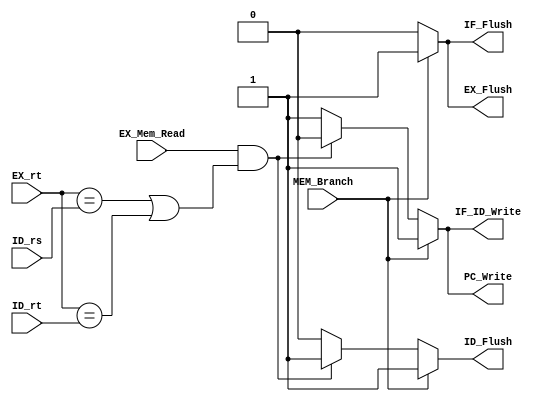
//  0516205  0516228
// CO project 5 - Hazard Detection
//--------------------------------------------------------------------------------
//Version:     1
//--------------------------------------------------------------------------------
//Writer:      
//----------------------------------------------
//Date:        
//----------------------------------------------
//Description: 
//--------------------------------------------------------------------------------

module Hazard_Detection(
	EX_Mem_Read,
	EX_rt,
	ID_rs,
	ID_rt,
	MEM_Branch,
	PC_Write,
	IF_ID_Write,
	IF_Flush,
	ID_Flush,
	EX_Flush
);

input EX_Mem_Read;
input [4:0]	EX_rt;
input [4:0]	ID_rs;
input [4:0]	ID_rt;
input MEM_Branch;

output PC_Write;
output IF_ID_Write;
output IF_Flush;
output ID_Flush;
output EX_Flush;

reg PC_Write;
reg IF_ID_Write;
reg IF_Flush;
reg ID_Flush;
reg EX_Flush;

wire stall;

assign stall = ( EX_Mem_Read & ( (EX_rt == ID_rs) || (EX_rt == ID_rt) ) ) == 1;

always@(*)begin
	// stall  
 	if( stall ) begin
		IF_Flush <= 1'b0;
		ID_Flush <= 1'b1;
		EX_Flush <= 1'b0;
    	PC_Write <= 1'b0;
		IF_ID_Write <= 1'b0; 
    end
 	else begin
 		IF_Flush <= 1'b0;
		ID_Flush <= 1'b0;
		EX_Flush <= 1'b0;
    	PC_Write <= 1'b1;
		IF_ID_Write <= 1'b1;
 	end

 	// branch predict fail
	if( MEM_Branch ) begin 
 		IF_Flush <= 1'b1;
		ID_Flush <= 1'b1;
		EX_Flush <= 1'b1;
    	PC_Write <= 1'b1;
		IF_ID_Write <= 1'b1;		 
	end
end

endmodule